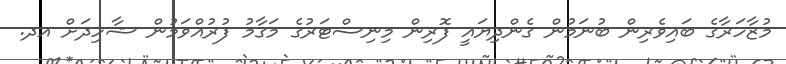
މުޒާހަރާގެ ބައިވެރިން ބުނަމުން ގެންދިޔައީ ފޮރިން މިނިސްޓަރުގެ މަގާމު ފުރުއްވަމުން ޝާހިދަށް އދ.